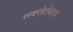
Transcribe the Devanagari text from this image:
सक्सेतेंबाच